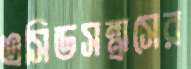
এসিডসন্ত্রাসের